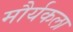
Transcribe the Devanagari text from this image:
मौर्यकला